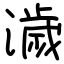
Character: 濊